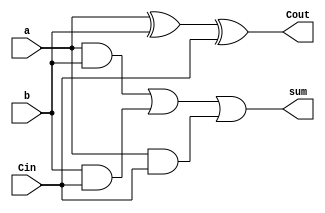
//???_E94084016
//implement a 1-bit_full_adder
module one_bit_full_adder (sum, Cout, a, b, Cin);

  input a, b, Cin;
  output sum, Cout;
    
	assign Cout = a ^ b ^ Cin;
	assign sum = (a & b) | (b & Cin) | (a & Cin); 

endmodule